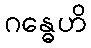
ဂန္ဓေဟိ